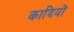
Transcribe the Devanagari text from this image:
कादियों